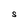
Character: S